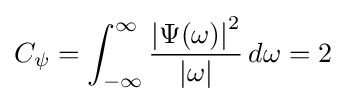
C_{\psi }=\int _{-\infty }^{\infty }{\frac {\left|\Psi (\omega )\right|^{2}}{|\omega |}}\,d\omega =2